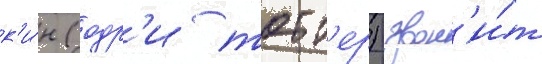
к'и́н (одр'и тотт'ер) звон'и́т